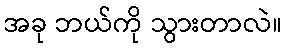
အခု ဘယ်ကို သွားတာလဲ။